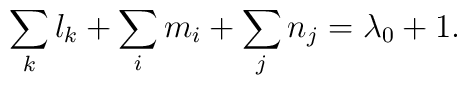
\sum_k l_k + \sum_i m_i + \sum_j n_j = \lambda_0 +1.